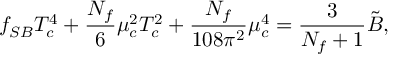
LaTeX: f _ { S B } T _ { c } ^ { 4 } + { \frac { N _ { f } } { 6 } } \mu _ { c } ^ { 2 } T _ { c } ^ { 2 } + { \frac { N _ { f } } { 1 0 8 \pi ^ { 2 } } } \mu _ { c } ^ { 4 } = { \frac { 3 } { N _ { f } + 1 } } \tilde { B } ,